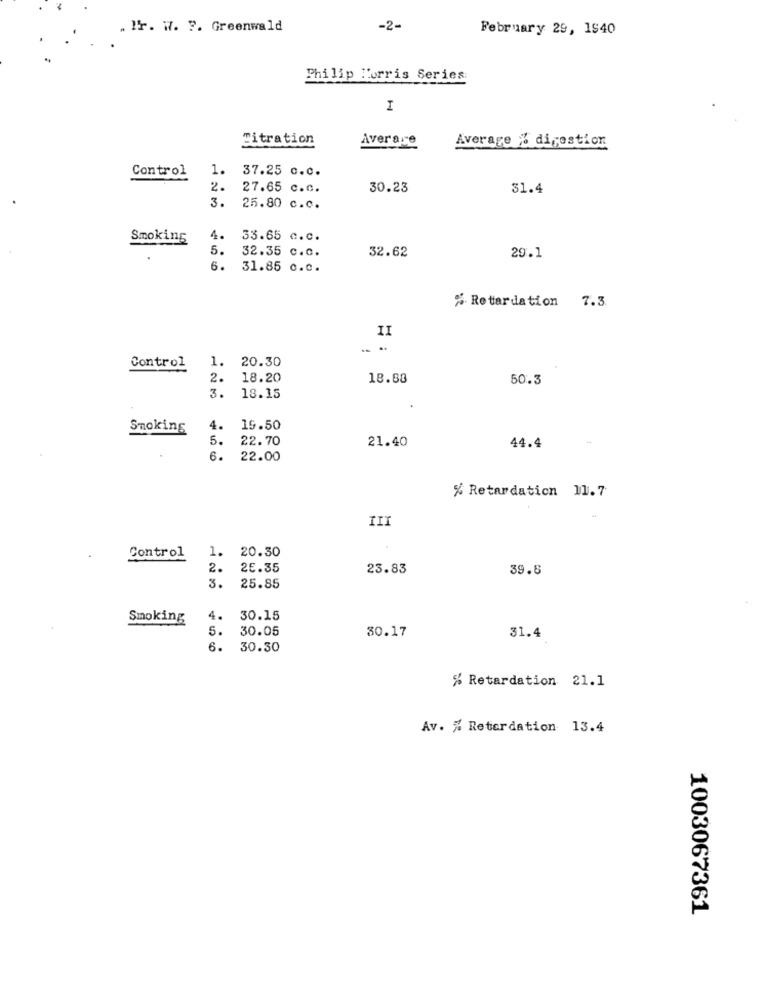
. Ir. W. F. Greenwald
-2-
February 29, 1540
Philip Morris Series
I
Titration
Average
Average % digestion
Control
1.
37.25 c.c.
2.
27.65 c.c.
30.23
31.4
3.
25.80 c.c.
Smoking
1.
33.65 c.c.
5.
32.35 c.c.
32.62
29.1
6.
31.85 c.c.
% Retardation 7.3
II
..
Control
1. 20.30
2.
18.20
18.88
50.3
3. 18.15
Smoking
4.
19.50
5.
22.70
21.40
44.4
6. 22.00
% Retardation 11.7
III
1.
20.30
Control
2.
25.35
23.83
39.8
3.
25.85
Smoking
4.
30.15
5.
30.05
30.17
31.4
6.
30.30
% Retardation 21.1
Av. % Retardation 13.4
1003067361